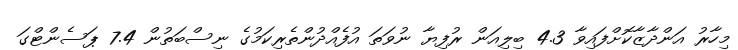
މިހާރު އަންދާޒާކޮށްފައިވާ 4.3 ބިލިއަން ރުފިޔާ ނުވަތަ އުފެއްދުންތެރިކަމުގެ ނިސްބަތުން 7.4 ޕަސެންޓްގަ